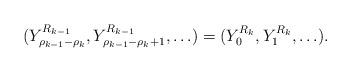
LaTeX: \begin{align*}(Y^{R_{k-1}}_{\rho_{k-1}-\rho_{k}}, Y^{R_{k-1}}_{\rho_{k-1}-\rho_{k}+1},\ldots)= (Y^{R_{k}}_0, Y^{R_{k}}_1,\ldots).\end{align*}